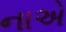
નાએ